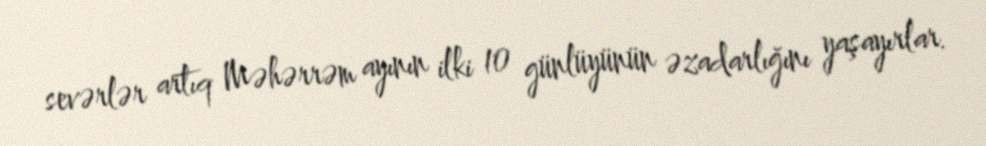
sevərlər artıq Məhərrəm ayının ilki 10 günlüyünün əzadarlığını yaşayırlar.